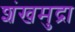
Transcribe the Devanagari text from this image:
शंखमुद्रा